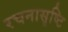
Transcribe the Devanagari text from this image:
रचनासृष्टि